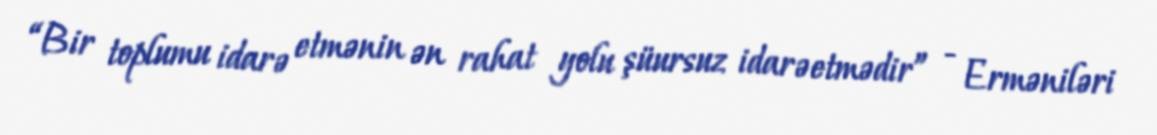
“Bir toplumu idarə etmənin ən rahat yolu şüursuz idarəetmədir” - Erməniləri